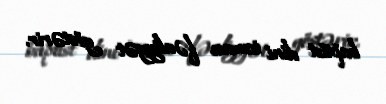
baptist dini icması fəaliyyət göstərir.